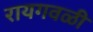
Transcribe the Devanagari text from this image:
रायगवळी